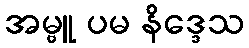
အမ္ဗူ ပမ နိဒ္ဒေသ